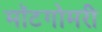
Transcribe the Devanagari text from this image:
मॉटगोमरी